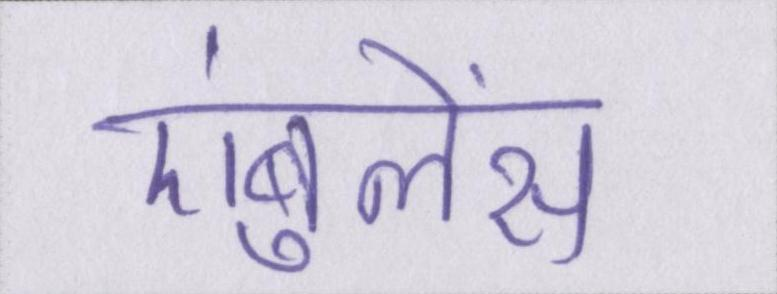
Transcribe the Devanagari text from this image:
एंबुलेंस